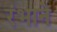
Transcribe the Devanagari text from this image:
रंभाने